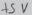
Text: +5V